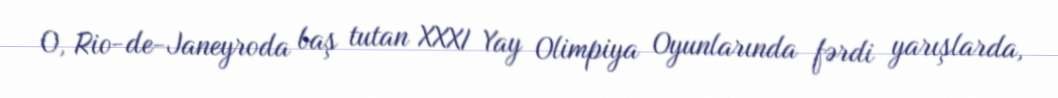
O, Rio-de-Janeyroda baş tutan XXXI Yay Olimpiya Oyunlarında fərdi yarışlarda,